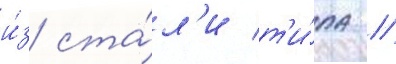
и́з ста́л'и т'и́па //